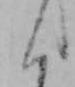
く